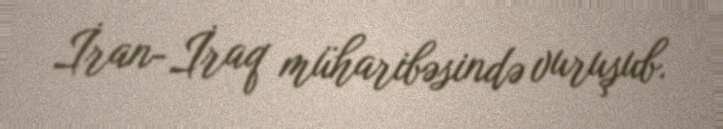
İran-İraq müharibəsində vuruşub.